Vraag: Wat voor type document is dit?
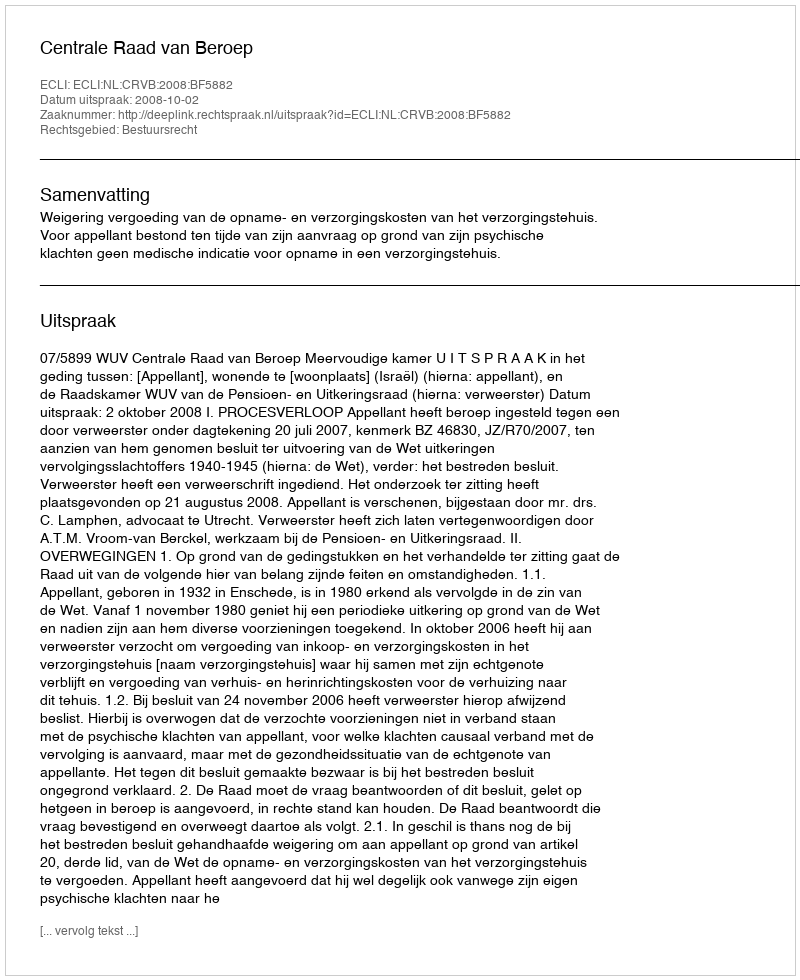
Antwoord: Uitspraak